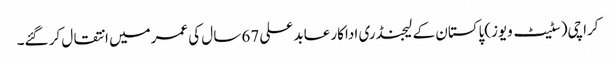
کراچی(سٹیٹ ویوز)پاکستان کے لیجنڈری اداکار عابد علی 67 سال کی عمرمیں انتقال کر گئے۔